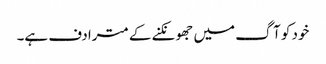
خود کو آگ میں جھونکنے کے مترادف ہے۔